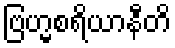
ဗြဟ္မစရိယာနီတိ